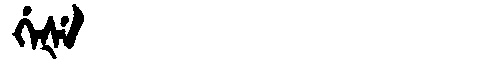
Manchu: ᡤᡝᡧᡝ
Romanization: GEŠE